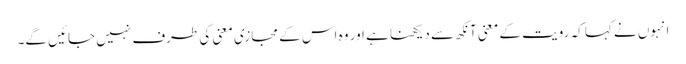
انہوں نے کہا کہ رویت کے معنی آنکھ سے دیکھنا ہے اور وہ اس کے مجازی معنی کی طرف نہیں جائیں گے۔